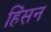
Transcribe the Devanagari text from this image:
हिंसन